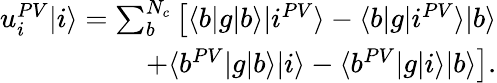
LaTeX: \begin{array}{r}{u_{i}^{PV}|i\rangle=\sum_{b}^{N_{c}}\left[\langle b|g|b\rangle|i^{PV}\rangle-\langle b|g|i^{PV}\rangle|b\rangle\right.}\\ {\left.+\langle b^{PV}|g|b\rangle|i\rangle-\langle b^{PV}|g|i\rangle|b\rangle\right].}\end{array}